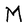
Character: M